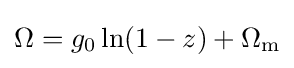
\Omega =g_{0}\ln(1-z)+\Omega _{\rm {m}}